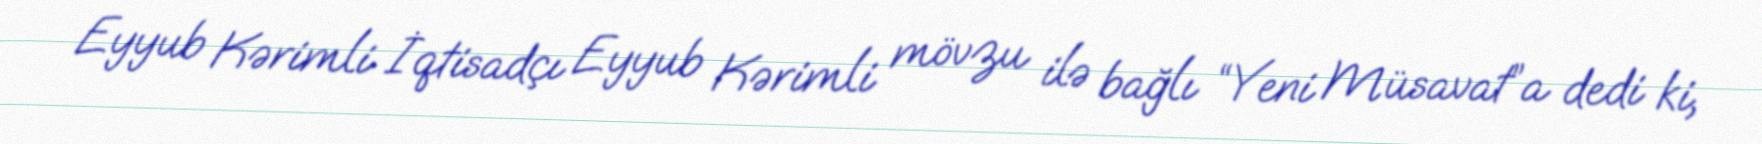
Eyyub Kərimli İqtisadçı Eyyub Kərimli mövzu ilə bağlı “Yeni Müsavat”a dedi ki,